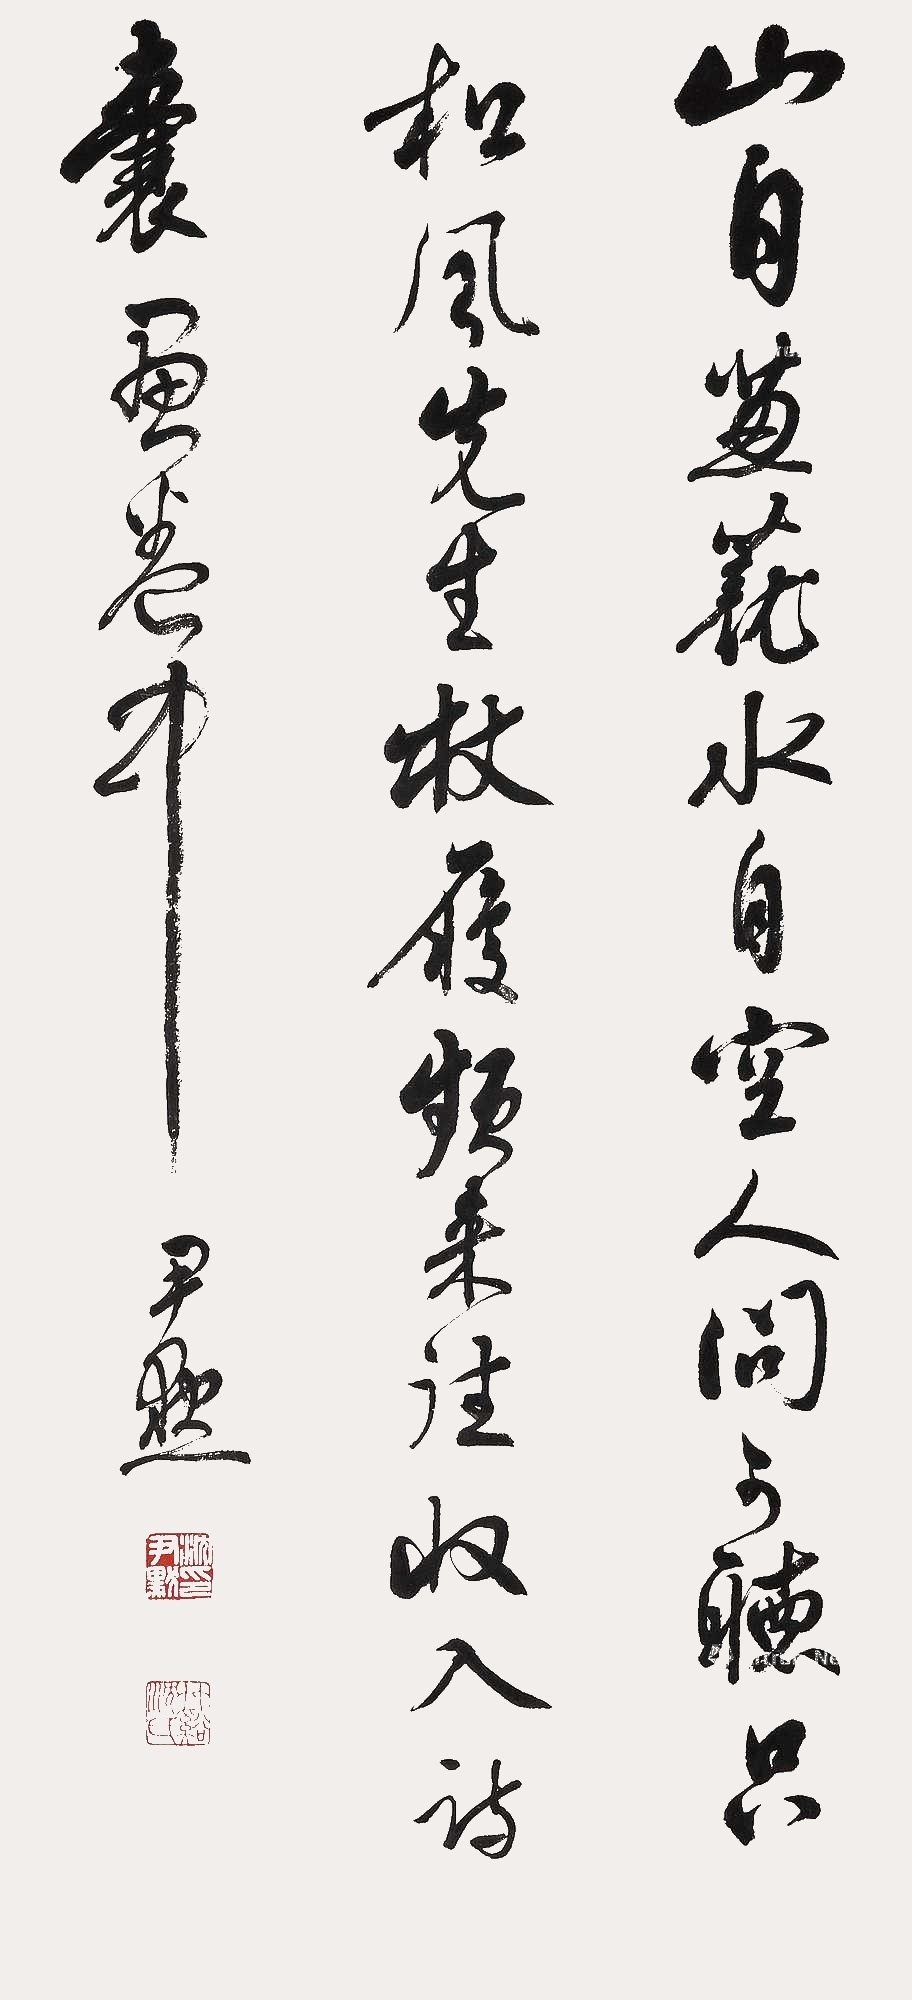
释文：山自葱茏水自空，人间可听只松风。先生之履频来往，收入诗囊画卷中。尹默。